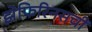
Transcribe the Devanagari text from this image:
झेफिरिनसची